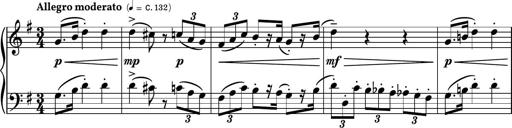
Title: Piano Sonatina No.7
Composer: Dimitri Sykias
Key: G major